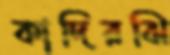
কাদিরঝি